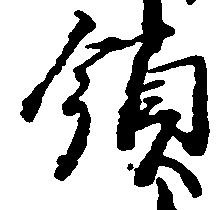
領